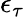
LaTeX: \epsilon_{\tau}